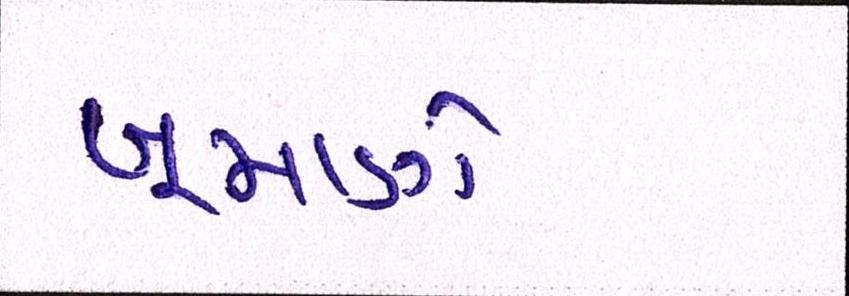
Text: ખૂમાણે